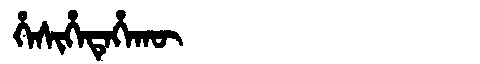
Manchu: ᡥᡝᠰᡳᡥᡝᡨᡝᡥᠠᡴᡡ
Romanization: HESIHETEHAKŪ